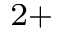
^ { 2 + }